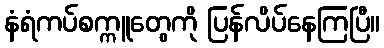
နံရံကပ်စက္ကူတွေကို ပြန်လိပ်နေကြပြီ။